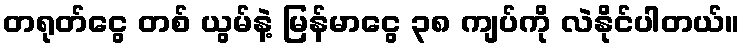
တရုတ်ငွေ တစ် ယွမ်နဲ့ မြန်မာငွေ ၃၈ ကျပ်ကို လဲနိုင်ပါတယ်။